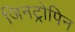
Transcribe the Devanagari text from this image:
जिनट्रोपिन